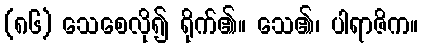
(၈၆) သေစေလို၍ ရိုက်၏။ သေ၏၊ ပါရာဇိက။